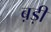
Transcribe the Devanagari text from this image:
ब़ड़ी